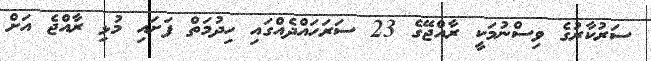
ސަރުކާރުގެ ވިސްނުމަކީ ރާއްޖޭގެ 23 ސަރަހައްދެއްގައި ހިދުމަތް ފަށައި މުޅި ރާއްޖެ އަށް